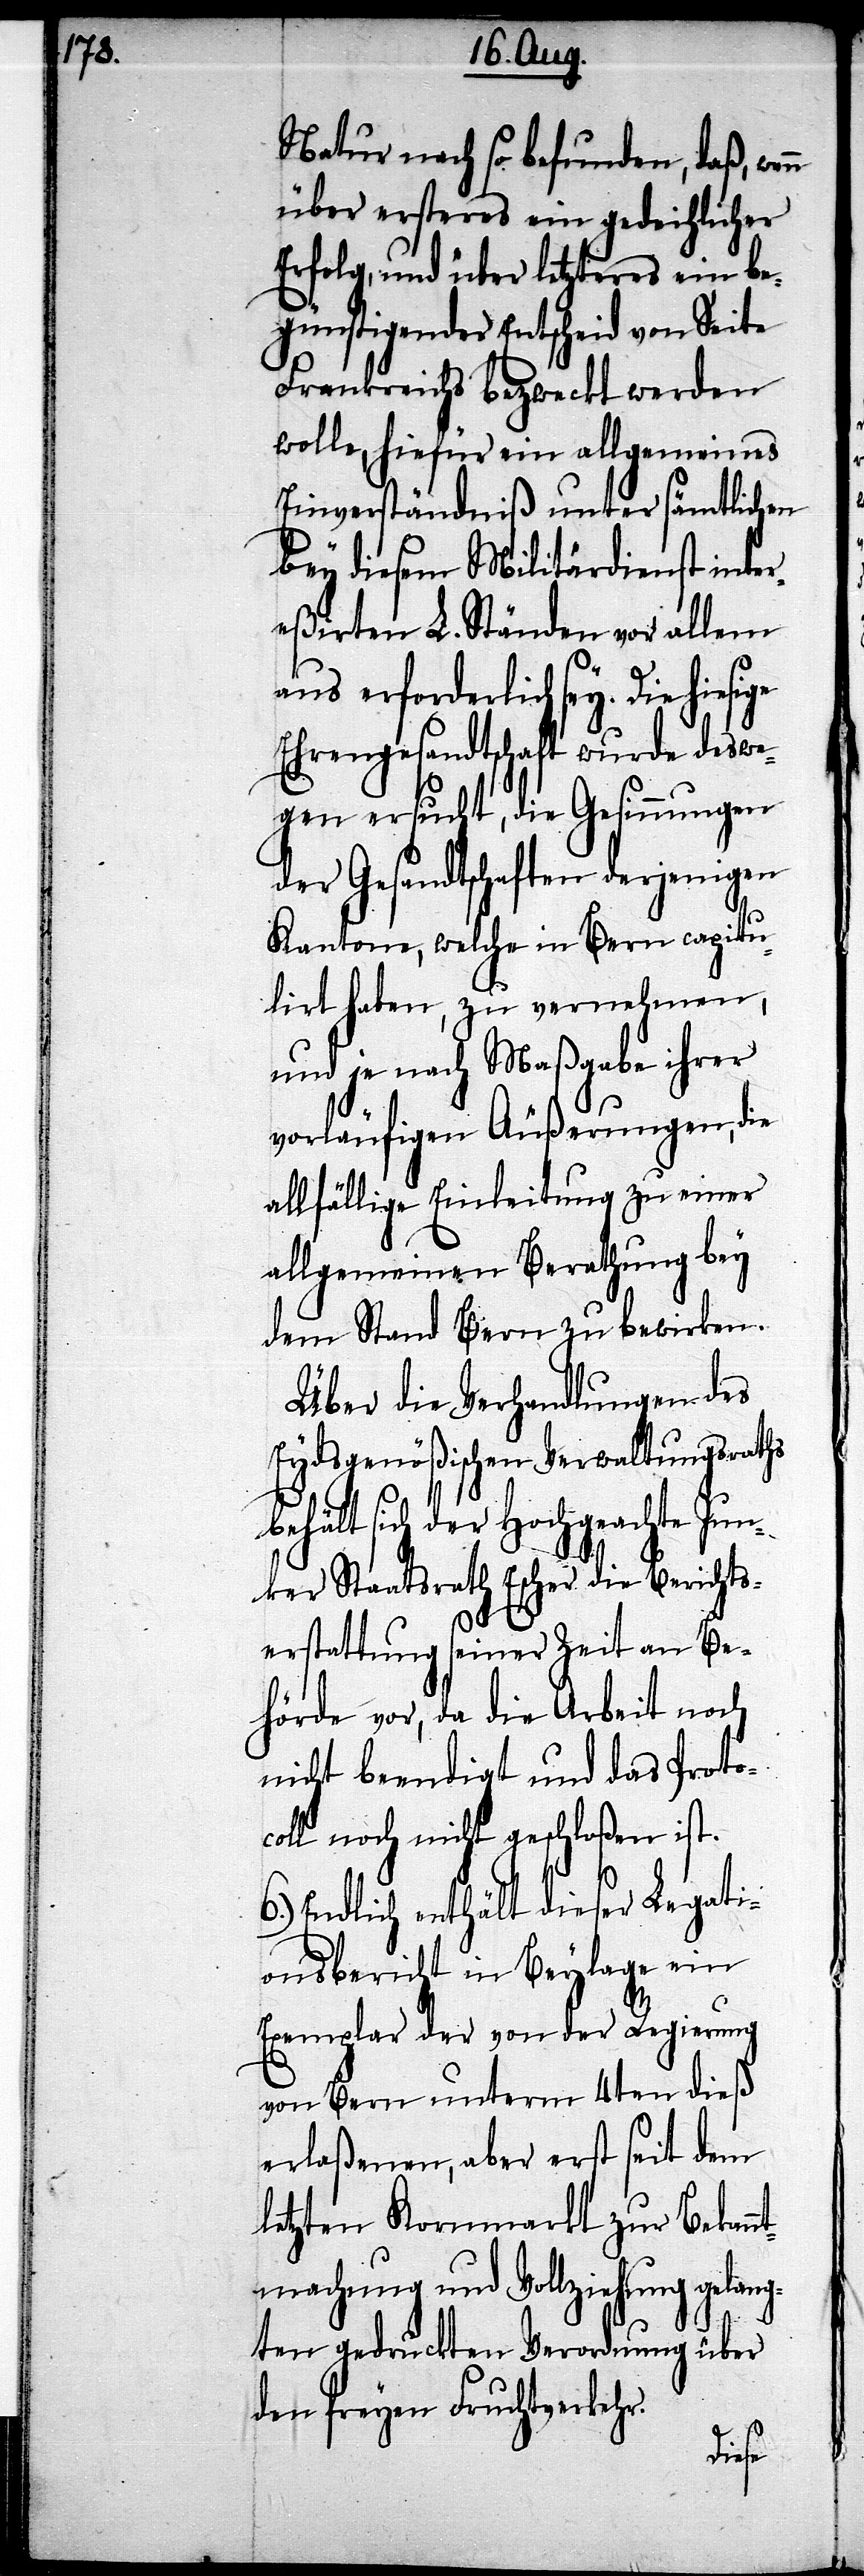
Natur nach so befunden, daß, wenn
über ersteres ein gedeihlicher
Erfolg, und über letzteres ein be¬
günstigender Entscheid von Seite
Frankreichs bezweckt werden
wolle, hiefür ein allgemeines
Einverständniß unter sämtlichen
bey diesem Militärdienst inter¬
eßirten L. Ständen vor allem
aus erforderlich sey. Die
Ehrengesandtschaft wurde deswe¬
gen ersucht, die Gesinnungen
der Gesandtschaften derjenigen
Kantone, welche in Bern capitu¬
lirt haben, zu vernehmen,
und je nach Maßgabe ihrer
vorläufiger Äußerungen, die
allfällige Einleitung zu einer
allgemeinen Berathung bey
dem Stand Bern zu bewirken.
Über die Verhandlungen des
Eydsgenößischen Verwaltungsraths
hält sich der Hochgeachte Jun¬
ker Staatsrath Escher die Berichts¬
erstattung seiner Zeit an Be¬
hörde vor, da die Arbeit noch
nicht beendigt und das Proto¬
coll noch nicht geschloßen ist.
6.) Endlich enthält dieser Legati¬
onsbericht in Beylage ein
Exemplar der von der Regierung
von Bern unterm 4ten dieß
erlaßenen, aber erst seit dem
letzten Kornmarkt zur Bekan¬
ntmachung und Vollziehung gelang¬
ten gedruckten Verordnung über
den freyen Fruchtverkehr.
be¬